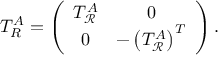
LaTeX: T _ { R } ^ { A } = \left( \begin{array} { c c } { { T _ { \mathcal R } ^ { A } } } & { { 0 } } \\ { { 0 } } & { { - \left( T _ { \mathcal R } ^ { A } \right) ^ { T } } } \end{array} \right) .